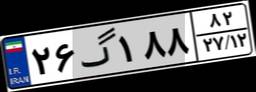
۳۸گ۳۳۷۳۲